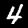
Digit: 4